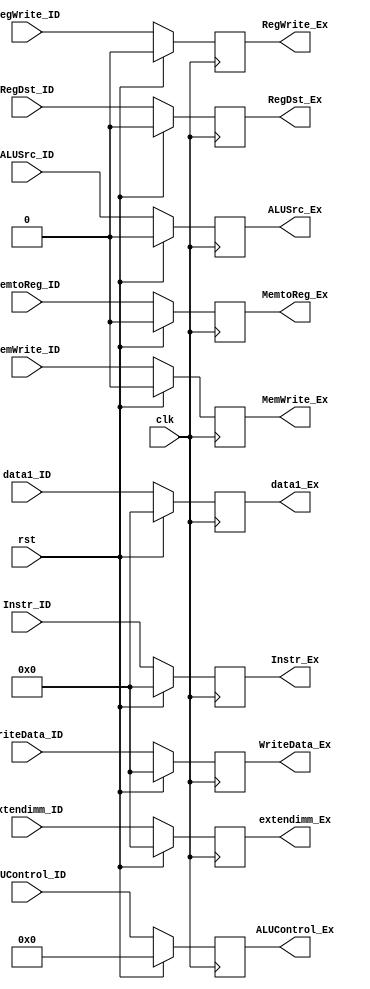
`timescale 1ns/1ns

module ID_EXE(input clk,input rst,
              input[31:0] data1_ID,output reg [31:0] data1_Ex,
              input[31:0] WriteData_ID,output reg [31:0] WriteData_Ex,
              input[31:0] extendimm_ID,output reg [31:0] extendimm_Ex,
              input [31:0] Instr_ID,output reg [31:0] Instr_Ex,
              input RegWrite_ID,output reg RegWrite_Ex,
              input MemtoReg_ID,output reg MemtoReg_Ex,
              input MemWrite_ID,output reg MemWrite_Ex, 
              input [3:0]ALUControl_ID,output reg [3:0]ALUControl_Ex,
              input ALUSrc_ID,output reg ALUSrc_Ex,  
              input RegDst_ID,output reg RegDst_Ex);
  
  always@(posedge clk)
    begin

      if(rst) begin
        data1_Ex <= 0;
        WriteData_Ex <= 0;
        extendimm_Ex <= 0;
        Instr_Ex <= 0;
        RegWrite_Ex <= 0;
        MemtoReg_Ex <= 0;
        MemWrite_Ex <= 0;
        ALUControl_Ex <= 0;
        ALUSrc_Ex <= 0;
        RegDst_Ex <= 0;
      end

    else begin
        data1_Ex <= data1_ID;
        WriteData_Ex <= WriteData_ID;
        extendimm_Ex <= extendimm_ID;
        Instr_Ex <= Instr_ID;
        RegWrite_Ex <= RegWrite_ID;
        MemtoReg_Ex <= MemtoReg_ID;
        MemWrite_Ex <= MemWrite_ID;
        ALUControl_Ex <= ALUControl_ID;
        ALUSrc_Ex <= ALUSrc_ID;
        RegDst_Ex <= RegDst_ID;
      end

    end
  
endmodule